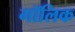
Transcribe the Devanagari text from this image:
गॉलिक